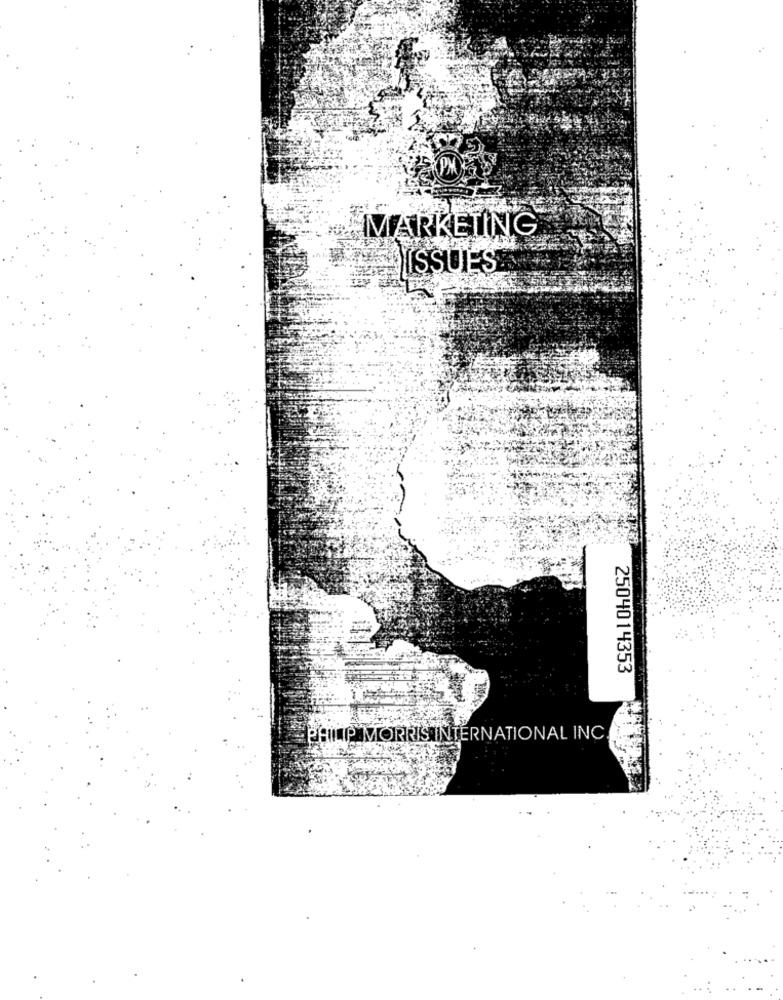
PH
MARKETING
LAISSUES
2504014353
PHILIP MORRIS INTERNATIONAL INC.